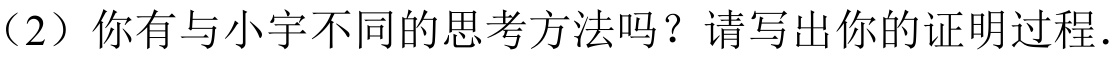
（2）你有与小宇不同的思考方法吗？请写出你的证明过程.